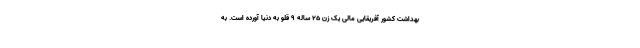
بهداشت کشور آفریقایی مالی یک زن 25 ساله 9 قلو به دنیا آورده است. به